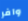
وافر